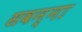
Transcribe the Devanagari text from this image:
सवन्ना